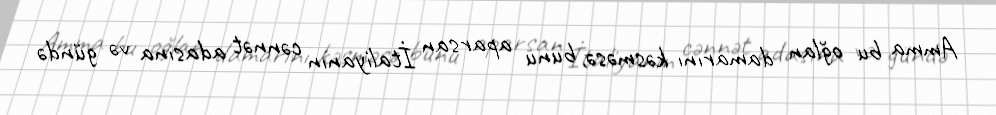
Amma bu oğlan damarını kəsməsə, bunu aparsan İtaliyanın cənnət adasına və gündə